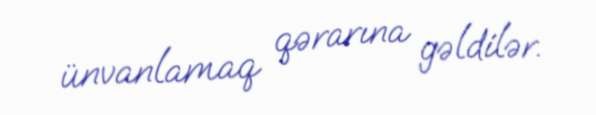
ünvanlamaq qərarına gəldilər.